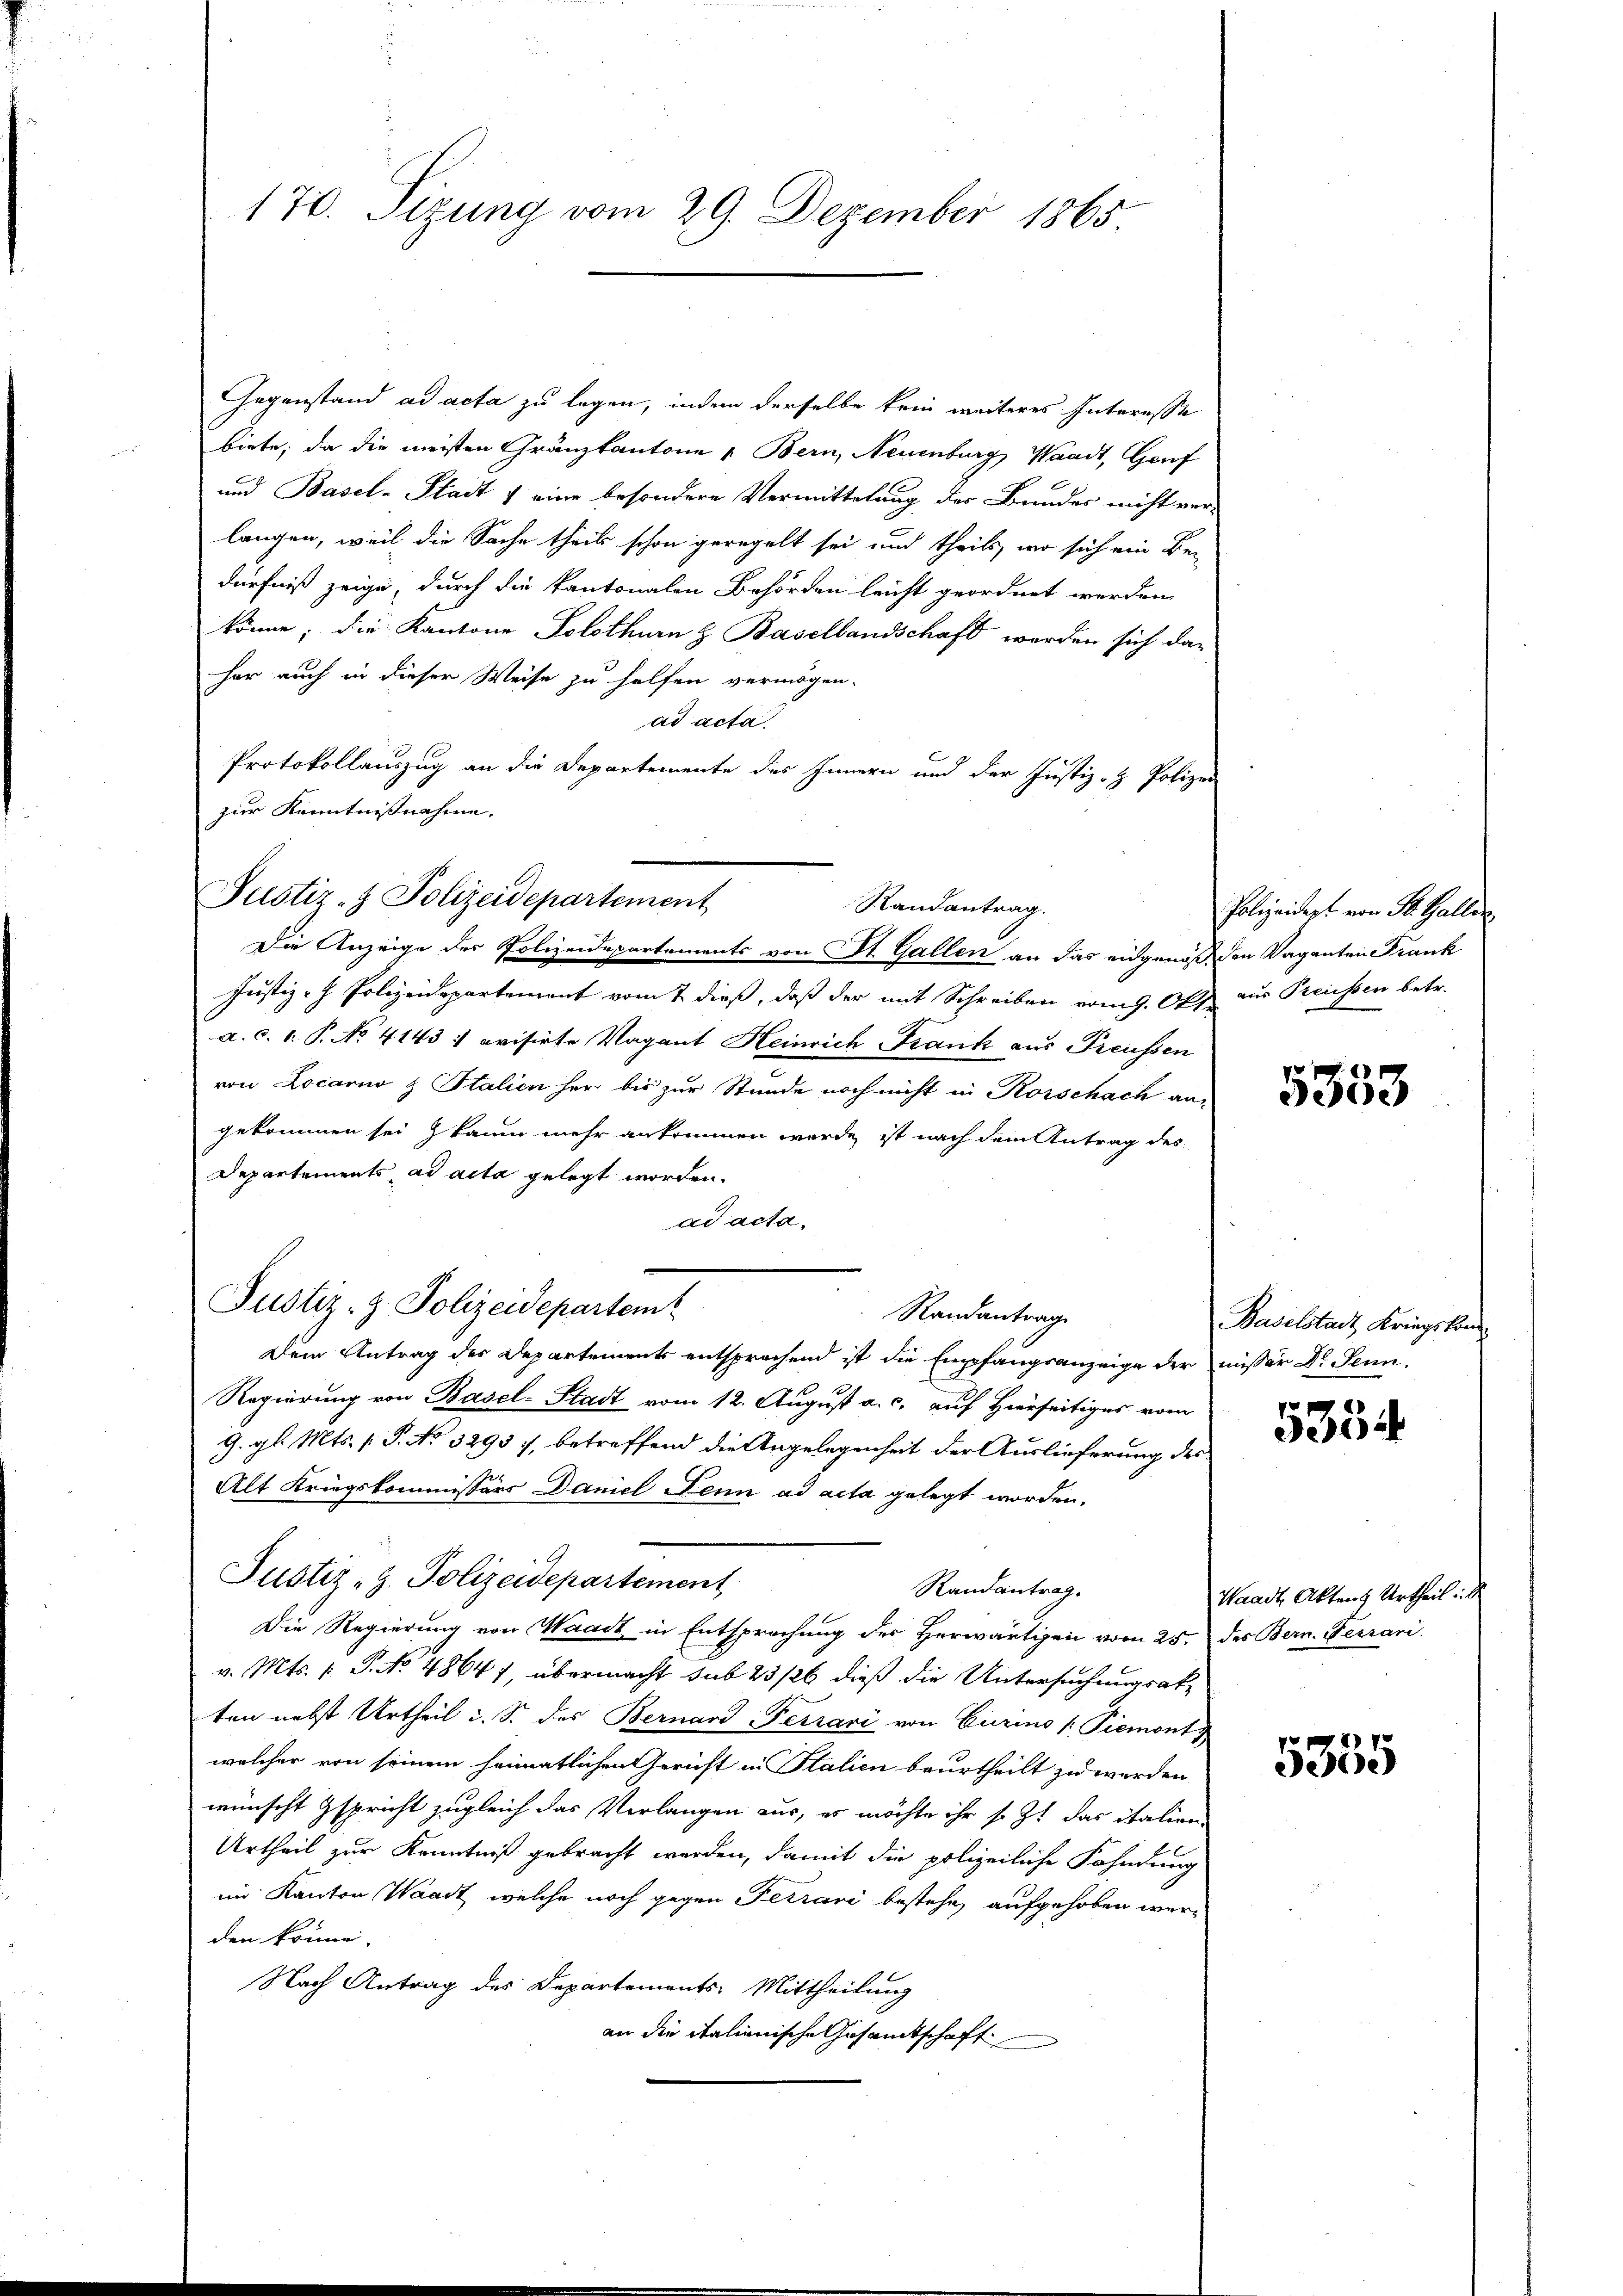
170. Sizung vom 29. Dezember 1865

Gegenstand ad acta zu legen, indem derselbe kein weiteres Interesse
biete, da die meisten Gränzkantone u Bern, Neuenburg, Waadt, Genf
und Basel-Stadt & eine besondere Vermittelung der Bundes nicht ver-
langen, weil die Sache theil schon geregelt sei und theils, wo sich ein Be-
dürfniß zeige, durch die kantonalen Behörden leicht geordnet werden,
könne; die Kantone Solothurn & Basellandschaft worden sich daher auch in dieser Weise zu helfen vermögen.
ad acta
Protokollauszug an die Departemente des Innern und der Justiz- & Polizei
zur Kenntnißnahme.

Justiz- & Polizeidepartement
Randantrag.
Die Anzeige des Polizeidepartements von St. Gallen an das eidgenoß den Vaganten Frank

Justiz - Polizeidepartement vom 2. dieß, daß der mit Schreiben vom 9. Oktz aus Preissen betr.
a. c. 1. P. No. 4143 : ovisirte Vagant Heinrich Krank aus Preussen
von Locarno z Italien her bis zur Stunde noch nicht in Korschach an
gekommen sei kaum mehr ankommen werde, ist nach dem Antrag des
Departements ad acta gelegt worden.
ad acta.
Justiz- & Polizeidepartem
Randantrage
Dem Antrag des Departements entsprechend ist die Empfangsanzeige der misser Dr. Jenn
Regierung von Basel-Stadt vom 12. August a. c. auf Hierseitiges vom
G. gl. Mts. (T. No 3293, betreffend die Angelegenheit der Auslieferung der
Alt Kriegskommissärs Daniel Nenn ad acta gelegt worden.
Justiz-Z. Polizeidepartement
Randantrag.
Die Regierung von Waadt in Entsprechung der Herwärtigen vom 25. des Bern. Ferrari
v. Mts. f. P. No. 4864), übermacht sub 25/26 dieß die Untersuchungsatten nebst Urtheil c. S. des Bernard Ferrari von Curino (Piemont
welcher von seinem heimatlichen Gericht in Italien beurtheilt zu werden
wünscht spricht zugleich das Verlangen aus, es möchte ihr so z. das italien-
Urtheil zur Kenntniß gebracht werden, damit die polizeiliche Fahndung
im Kanton Waadt, welche noch gegen Ferravi bestehe, aufgehoben werden könne.
Nach Antrag des Departements-Mittheilung
an die italienische Gesandtschaft

Polizeidept von St. Gallen

5333

Baselstadt Kriegskom

5354

Waadt, Aktens Urtheil.

P
Dere